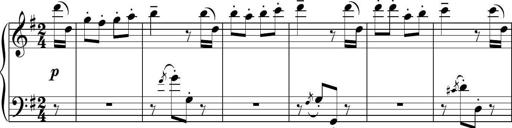
Title: Sonatina del HuÃ©car
Composer: JosÃ© Miguel Moreno Sabio